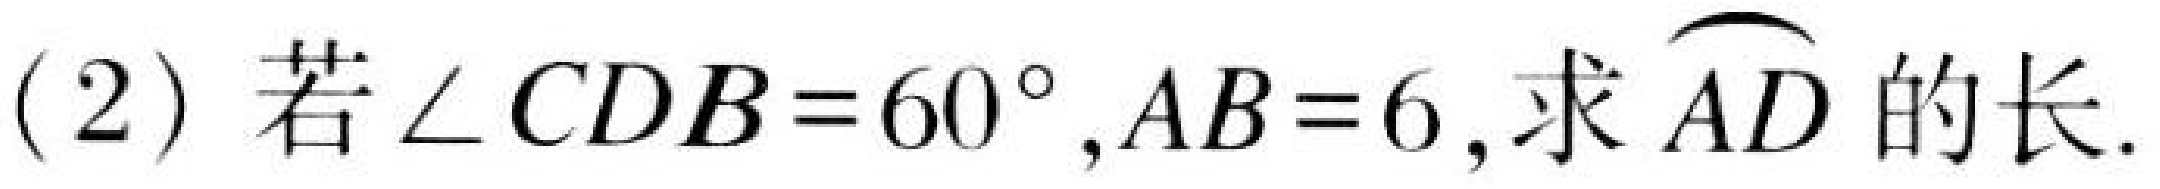
(2) 若$\angle CDB = 60^{\circ},AB = 6$,求$\overset{\frown}{AD}$的长.